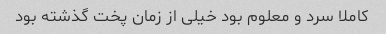
کاملا سرد و معلوم بود خیلی از زمان پخت گذشته بود